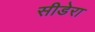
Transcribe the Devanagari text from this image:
सीडेरा